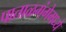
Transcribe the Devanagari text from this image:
पाताळगंगेमध्ये